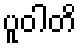
ပူဝါတိ